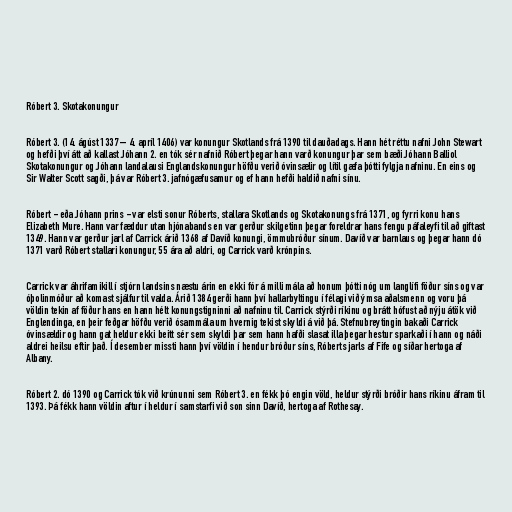
Róbert 3. Skotakonungur

Róbert 3. (14. ágúst 1337 – 4. apríl 1406) var konungur Skotlands frá 1390 til dauðadags. Hann hét réttu nafni John Stewart
og hefði því átt að kallast Jóhann 2. en tók sér nafnið Róbert þegar hann varð konungur þar sem bæði Jóhann Balliol
Skotakonungur og Jóhann landalausi Englandskonungur höfðu verið óvinsælir og lítil gæfa þótti fylgja nafninu. En eins og
Sir Walter Scott sagði, þá var Róbert 3. jafnógæfusamur og ef hann hefði haldið nafni sínu.

Róbert - eða Jóhann prins - var elsti sonur Róberts, stallara Skotlands og Skotakonungs frá 1371, og fyrri konu hans
Elizabeth Mure. Hann var fæddur utan hjónabands en var gerður skilgetinn þegar foreldrar hans fengu páfaleyfi til að giftast
1349. Hann var gerður jarl af Carrick árið 1368 af Davíð konungi, ömmubróður sínum. Davíð var barnlaus og þegar hann dó
1371 varð Róbert stallari konungur, 55 ára að aldri, og Carrick varð krónpins.

Carrick var áhrifamikill í stjórn landsins næstu árin en ekki fór á milli mála að honum þótti nóg um langlífi föður síns og var
óþolinmóður að komast sjálfur til valda. Árið 1384 gerði hann því hallarbyltingu í félagi við ýmsa aðalsmenn og voru þá
völdin tekin af föður hans en hann hélt konungstigninni að nafninu til. Carrick stýrði ríkinu og brátt hófust að nýju átök við
Englendinga, en þeir feðgar höfðu verið ósammála um hvernig tekist skyldi á við þá. Stefnubreytingin bakaði Carrick
óvinsældir og hann gat heldur ekki beitt sér sem skyldi þar sem hann hafði slasat illa þegar hestur sparkaði í hann og náði
aldrei heilsu eftir það. Í desember missti hann því völdin í hendur bróður síns, Róberts jarls af Fife og síðar hertoga af
Albany.

Róbert 2. dó 1390 og Carrick tók við krúnunni sem Róbert 3. en fékk þó engin völd, heldur stýrði bróðir hans ríkinu áfram til
1393. Þá fékk hann völdin aftur í heldur í samstarfi við son sinn Davíð, hertoga af Rothesay.